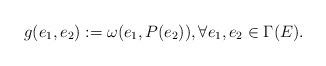
LaTeX: \begin{align*}g(e_1,e_2):=\omega(e_1,P(e_2)),\forall e_1,e_2\in\Gamma(E).\end{align*}